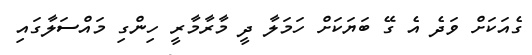
ގެއަކަށް ވަދެ އެ ގޭ ބަޔަކަށް ހަމަލާ ދީ މާރާމާރީ ހިންގި މައްސަލާގައި